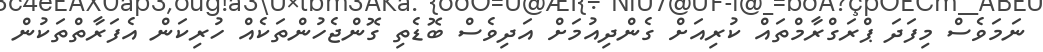
ނަމަވެސް މިފަދަ ޕްރަގްރާމްތައް ކުރިއަށް ގެންދިއުމަށް އަދިވެސް ބޮޑެތި ގޮންޖެހުންތަކެއް ހުރިކަން އެފަރާތްތަކުން